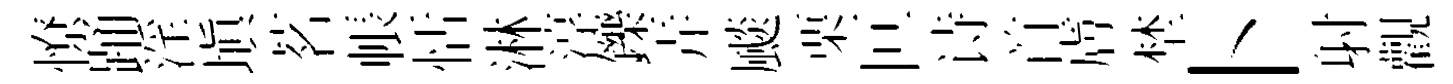
憭踊淫塡茗帳恬淋淳鑠弄颷栗叵诗首膚埜卜射觀